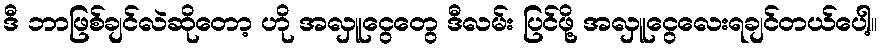
ဒီ ဘာဖြစ်ချင်လဲဆိုတော့ ဟို အလှူငွေတွေ ဒီလမ်း ပြင်ဖို့ အလှူငွေလေးရချင်တယ်ပေါ့။